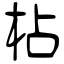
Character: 枮